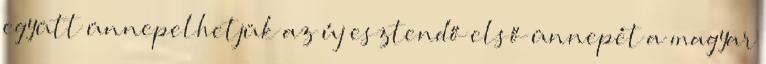
együtt ünnepelhetjük az új esztendő első ünnepét a magyar